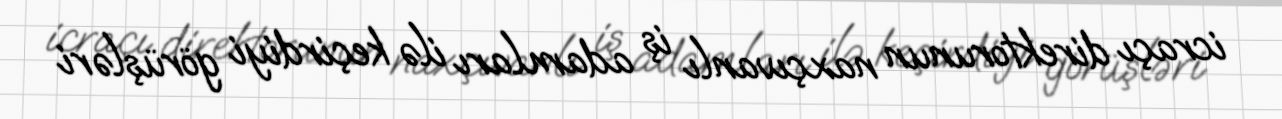
icraçı direktorunun naxçıvanlı iş adamları ilə keçirdiyi görüşləri